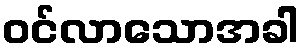
ဝင်လာသောအခါ